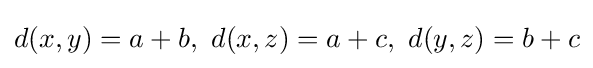
d(x,y)=a+b,\ d(x,z)=a+c,\ d(y,z)=b+c